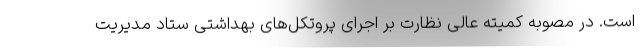
است. در مصوبه کمیته عالی نظارت بر اجرای پروتکل‌های بهداشتی ستاد مدیریت